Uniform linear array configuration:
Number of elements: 64
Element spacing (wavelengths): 0.5
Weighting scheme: hann
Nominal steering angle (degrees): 15
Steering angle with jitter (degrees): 16.992
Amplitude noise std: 0.05
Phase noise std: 0.05

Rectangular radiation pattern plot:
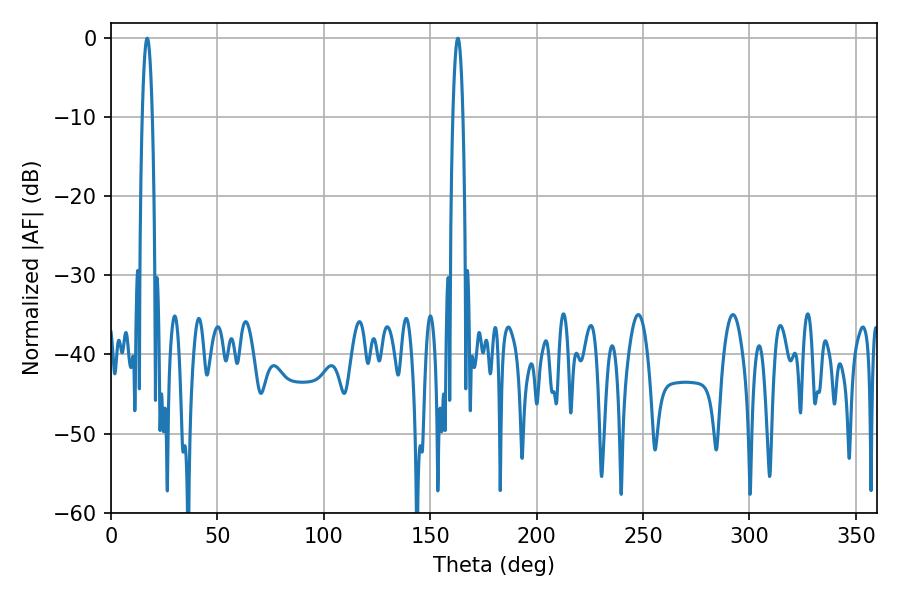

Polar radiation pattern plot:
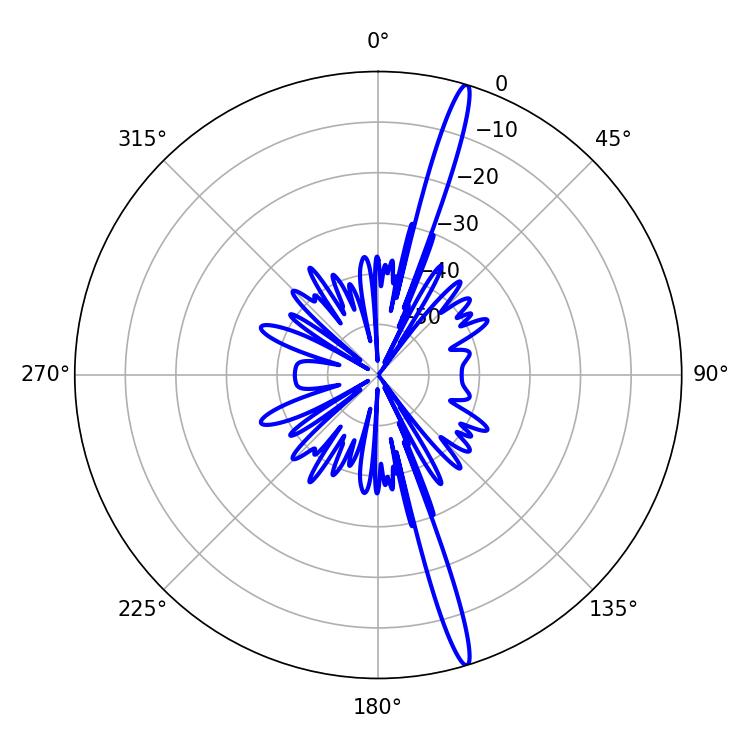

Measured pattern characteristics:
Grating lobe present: FALSE
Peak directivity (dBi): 18.359
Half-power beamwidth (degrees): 2.7
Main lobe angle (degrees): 16.92